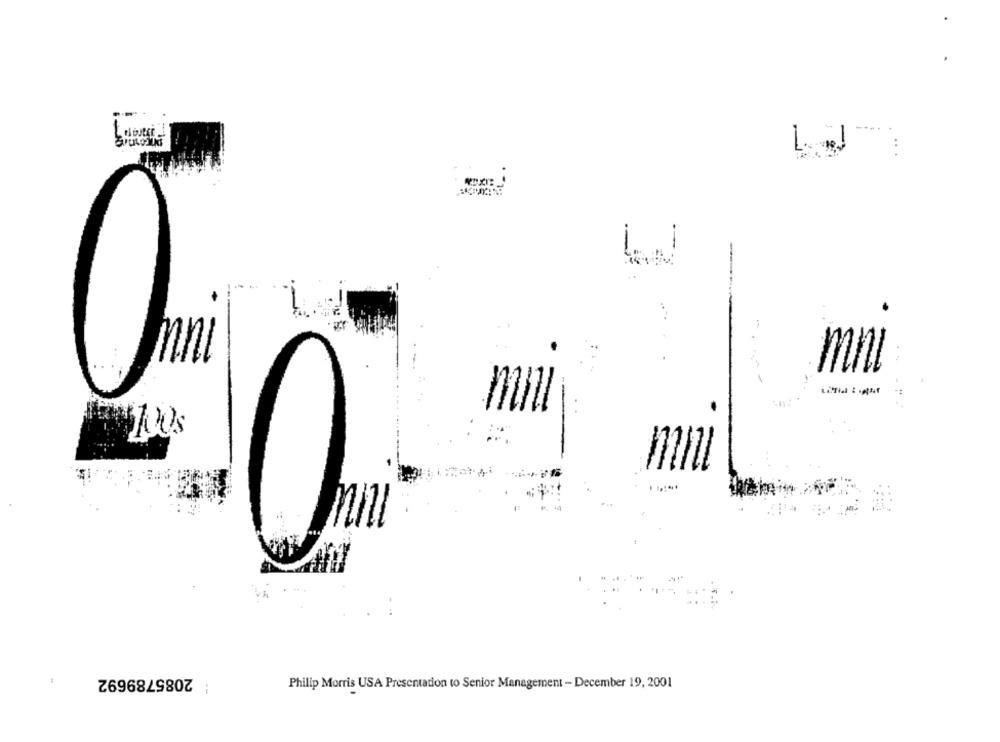
mnl
mn
: 2085789692
Philip Morris USA Presentation to Senior Management - December 19, 2001